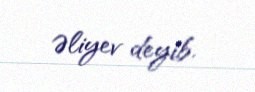
Əliyev deyib.